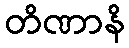
တိဏာနိ